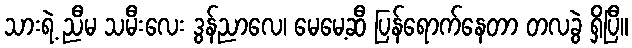
သားရဲ့ ညီမ သမီးလေး ဒွန်ညာလေ၊ မေမေ့ဆီ ပြန်ရောက်နေတာ တလခွဲ ရှိပြီ။